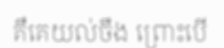
គឺគេយល់ចឹង ព្រោះបើ